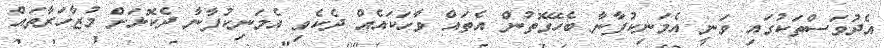
އެދުވަސްތަކުގައި ވަނީ އެމަނިކުފާނާ ބެހޭގޮތުން އެތައް ވާހަކައެއް ދެކެވި އެމަނިކުފާނާ ދެކޮޅަށް މުޒާހަރާތައް